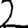
Digit: 2